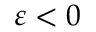
\varepsilon < 0